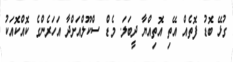
ގުޅޭ ބޮޑު ފޮތެއް އޭތި އޮތިއްޔާ ދީބަލަ. މެޑް ސްކޫލްއަށްދާ އަހަރެންގެ ކޮއްކޮއަކު